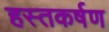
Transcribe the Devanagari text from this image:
हस्तकर्षण